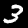
Digit: 3